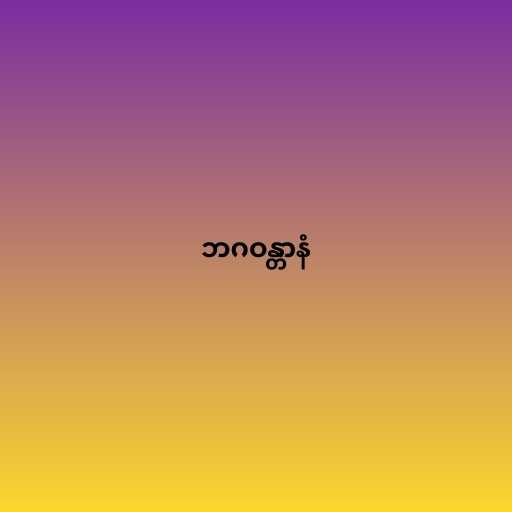
ဘဂဝန္တာနံ